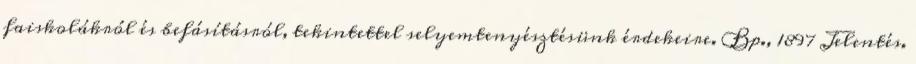
faiskolákról és befásításról, tekintettel selyemtenyésztésünk érdekeire. Bp., 1897 Jelentés.